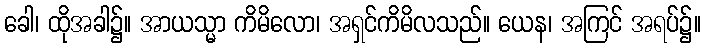
ခေါ၊ ထိုအခါ၌။ အာယသ္မာ ကိမိလော၊ အရှင်ကိမိလသည်။ ယေန၊ အကြင် အရပ်၌။